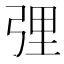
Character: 𱝝